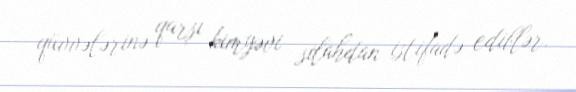
qüvvələrinə qarşı kimyəvi silahdan istifadə ediblər.